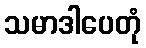
သမာဒါပေတုံ